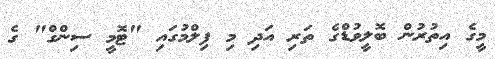
މީގެ އިތުރުން ބޮލީވުޑްގެ ތަރި އަދި މި ފިލްމުގައި "ޓޮމީ ސިންގް" ގެ